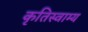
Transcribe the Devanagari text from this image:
कृतिस्वाम्य